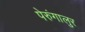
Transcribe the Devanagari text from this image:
पेरुंगालुर